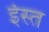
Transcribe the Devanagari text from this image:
ईस्त